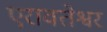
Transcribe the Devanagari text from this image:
एरावतेश्वर